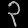
Digit: ၃